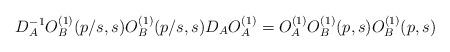
LaTeX: \begin{align*}D_A^{-1}O_B^{(1)}(p/s,s)O_B^{(1)}(p/s,s)D_AO_A^{(1)}=O_A^{(1)}O_B^{(1)}(p,s)O_B^{(1)}(p,s)\end{align*}